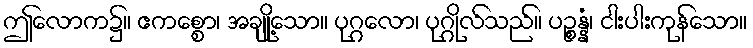
ဤလောက၌။ ဧကစ္စော၊ အချို့သော။ ပုဂ္ဂလော၊ ပုဂ္ဂိုလ်သည်။ ပဉ္စန္နံ၊ ငါးပါးကုန်သော။